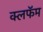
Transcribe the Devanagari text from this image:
क्लफॅम